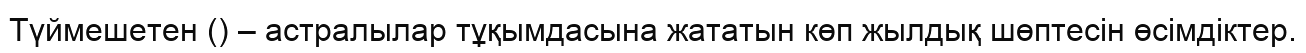
Түймешетен () – астралылар тұқымдасына жататын көп жылдық шөптесін өсімдіктер.